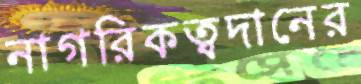
নাগরিকত্বদানের